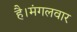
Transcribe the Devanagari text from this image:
है।मंगलवार